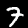
Label: 7